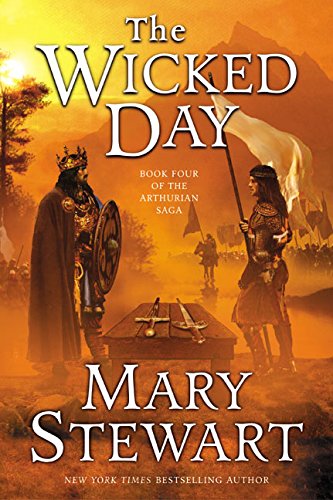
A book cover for The Wicked Day (The Arthurian Saga, Book 4); Mary Stewart; Science Fiction & Fantasy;